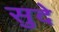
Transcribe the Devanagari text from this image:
सुदे